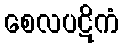
စေလပဋိကံ